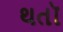
થતૉ